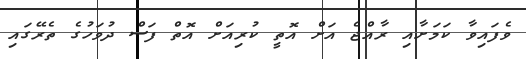
ވެފައިވާ ކަމަށާއި ރާއްޖެ އަށް އޮތީ ކުރިއަށް އޮތް ފަސް ދުވަހުގެ ތެރޭގައި